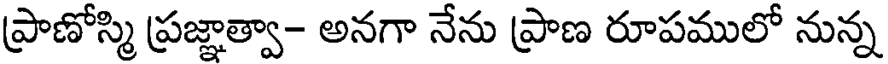
ప్రాణోస్మి ప్రజ్ఞాత్వా- అనగా నేను ప్రాణ రూపములో నున్న